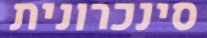
סינכרונית